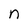
Character: n